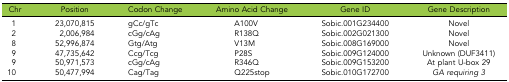
<table><thead><tr><td><b>Chr</b></td><td><b>Position</b></td><td><b>Codon Change</b></td><td><b>Amino Acid Change</b></td><td><b>Gene ID</b></td><td><b>Gene Description</b></td></tr></thead><tbody><tr><td>1</td><td>23,070,815</td><td>gCc/gTc</td><td>A100V</td><td>Sobic.001G234400</td><td>Novel</td></tr><tr><td>2</td><td>2,006,984</td><td>cGg/cAg</td><td>R138Q</td><td>Sobic.002G021300</td><td>Novel</td></tr><tr><td>8</td><td>52,996,874</td><td>Gtg/Atg</td><td>V13M</td><td>Sobic.008G169000</td><td>Novel</td></tr><tr><td>9</td><td>47,735,642</td><td>Ccg/Tcg</td><td>P28S</td><td>Sobic.009G124000</td><td>Unknown (DUF3411)</td></tr><tr><td>9</td><td>50,971,573</td><td>cGg/cAg</td><td>R346Q</td><td>Sobic.009G153200</td><td>At plant U-box 29</td></tr><tr><td>10</td><td>50,477,994</td><td>Cag/Tag</td><td>Q225stop</td><td>Sobic.010G172700</td><td><i>GA requiring 3</i></td></tr></tbody></table>